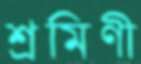
শ্রমিণী